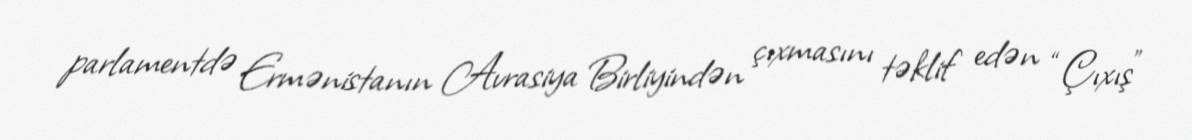
parlamentdə Ermənistanın Avrasiya Birliyindən çıxmasını təklif edən “Çıxış”